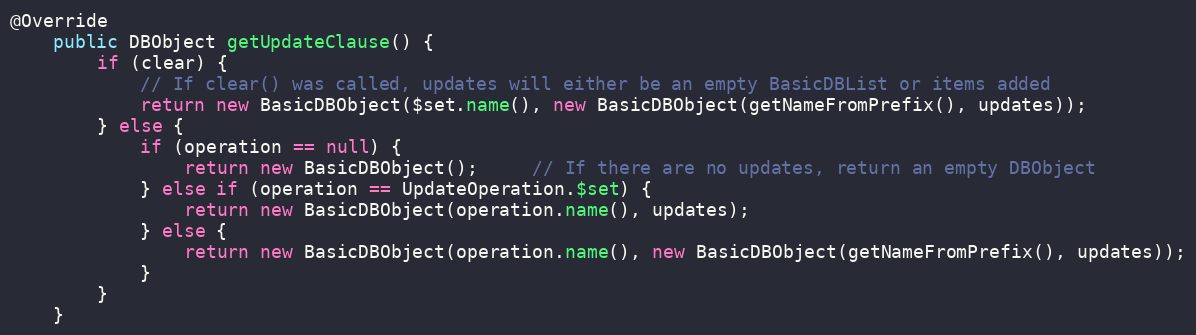
Language: Java
@Override
    public DBObject getUpdateClause() {
        if (clear) {
            // If clear() was called, updates will either be an empty BasicDBList or items added
            return new BasicDBObject($set.name(), new BasicDBObject(getNameFromPrefix(), updates));
        } else {
            if (operation == null) {
                return new BasicDBObject();     // If there are no updates, return an empty DBObject
            } else if (operation == UpdateOperation.$set) {
                return new BasicDBObject(operation.name(), updates);
            } else {
                return new BasicDBObject(operation.name(), new BasicDBObject(getNameFromPrefix(), updates));
            }
        }
    }